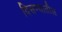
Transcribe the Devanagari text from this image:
दिसण्यातील